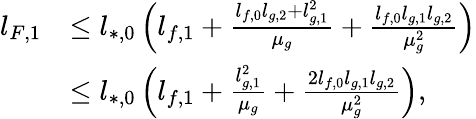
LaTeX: \begin{array}{rl}{l_{F,1}}&{\le l_{*,0}\left(l_{f,1}+\frac{l_{f,0}l_{g,2}+l_{g,1}^{2}}{\mu_{g}}+\frac{l_{f,0}l_{g,1}l_{g,2}}{\mu_{g}^{2}}\right)}\\ &{\le l_{*,0}\left(l_{f,1}+\frac{l_{g,1}^{2}}{\mu_{g}}+\frac{2l_{f,0}l_{g,1}l_{g,2}}{\mu_{g}^{2}}\right),}\end{array}